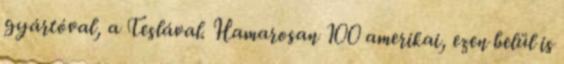
gyártóval, a Teslával. Hamarosan 100 amerikai, ezen belül is